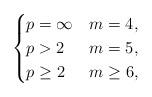
LaTeX: \begin{align*}\begin{cases}p=\infty & m=4,\\p>2 & m=5,\\p\geq2 & m\geq6,\end{cases}\end{align*}